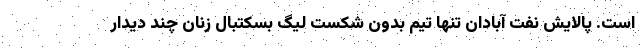
است. پالایش نفت آبادان تنها تیم بدون شکست لیگ بسکتبال زنان چند دیدار